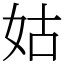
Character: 姑